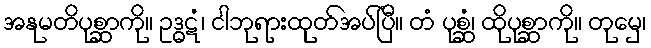
အနုမတိပုစ္ဆာကို။ ဥဒ္ဓဋံ၊ ငါဘုရားထုတ်အပ်ပြီ။ တံ ပုစ္ဆံ၊ ထိုပုစ္ဆာကို။ တုမှေ၊